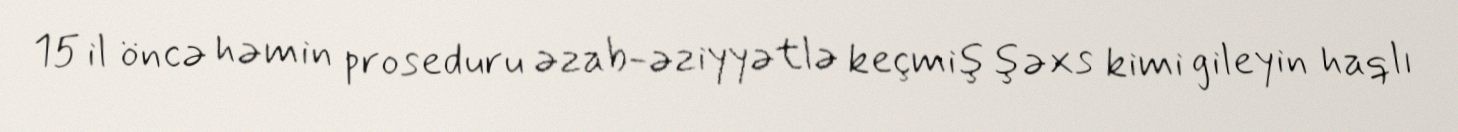
15 il öncə həmin proseduru əzab-əziyyətlə keçmiş şəxs kimi gileyin haqlı